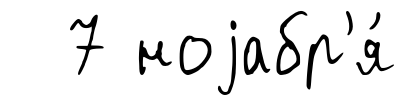
7 ноjабр'я́